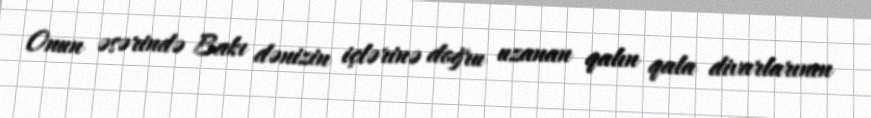
Onun əsərində Bakı dənizin içlərinə doğru uzanan qalın qala divarlarının